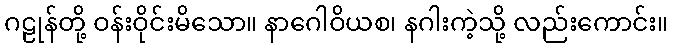
ဂဠုန်တို့ ဝန်းဝိုင်းမိသော။ နာဂေါဝိယစ၊ နဂါးကဲ့သို့ လည်းကောင်း။